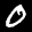
Label: 0